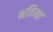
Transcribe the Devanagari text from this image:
भवियत्त